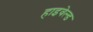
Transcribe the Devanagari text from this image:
हाइवेल्ड